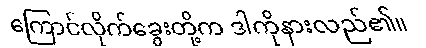
ကြောင်လိုက်ခွေးတို့က ဒါကိုနားလည်၏။